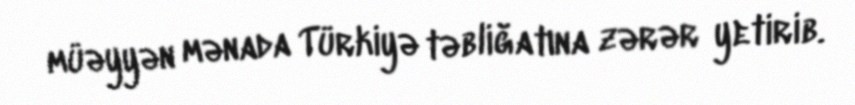
müəyyən mənada Türkiyə təbliğatına zərər yetirib.